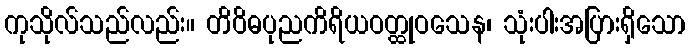
ကုသိုလ်သည်လည်း။ တိဝိဓပုညကိရိယဝတ္ထုဝသေန၊ သုံးပါးအပြားရှိသော